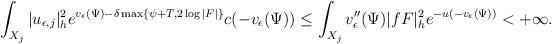
\begin{align*}\int_{X_j}|u_{\epsilon,j}|^2_{h}e^{v_\epsilon(\Psi)-\delta \max\{\psi+T,2\log|F|\}}c(-v_\epsilon(\Psi))\le\int_{X_j}v''_{\epsilon}(\Psi)|fF|^2_h e^{-u(-v_{\epsilon}(\Psi))}<+\infty.\end{align*}